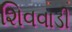
શિવવાડી